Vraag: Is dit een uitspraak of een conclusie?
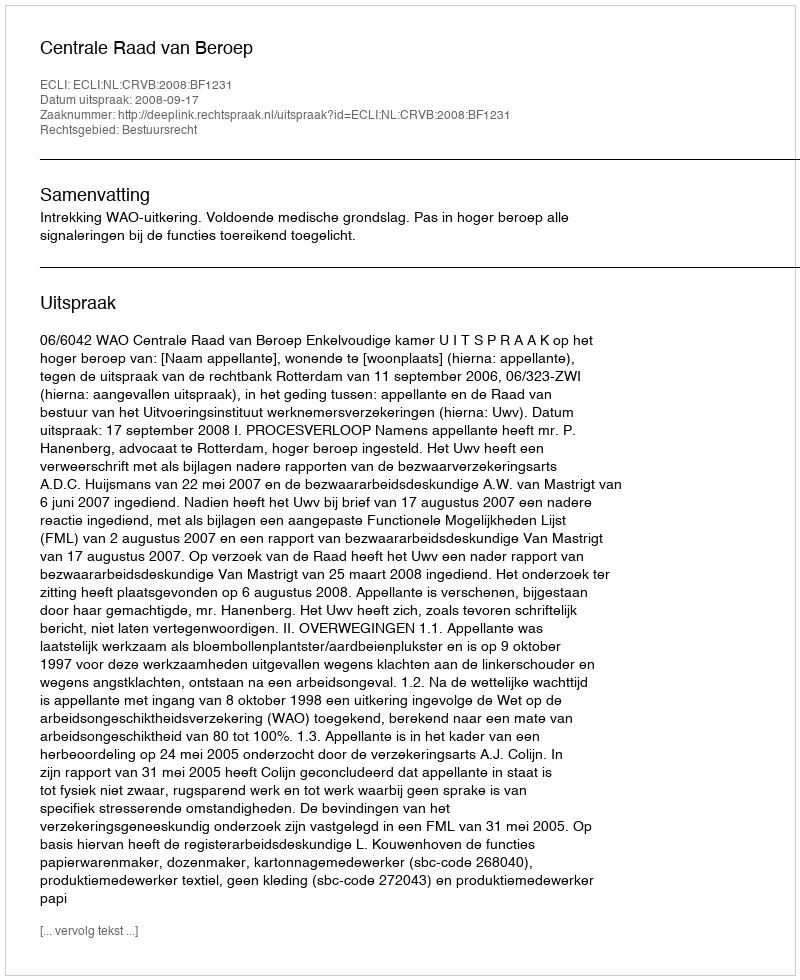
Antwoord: Uitspraak